Civil Veterinary Department. United Provinces 1932-42 - 1932-1942
Year: 1932
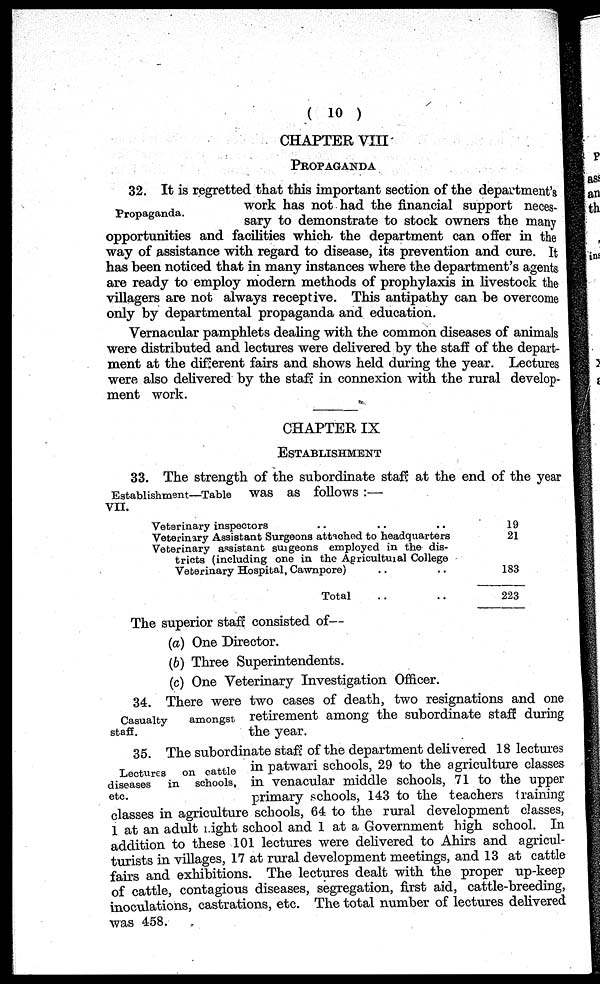
( 10 )
CHAPTER VIII
PROPAGANDA
Propaganda.
32. It is regretted that this important section of the department's
work has not had the financial support neces-
sary to demonstrate to stock owners the many
opportunities and facilities which the department can offer in the
way of assistance with regard to disease, its prevention and cure. It
has been noticed that in many instances where the department's agents
are ready to employ modern methods of prophylaxis in livestock the
villagers are not always receptive. This antipathy can be overcome
only by departmental propaganda and education.
Vernacular pamphlets dealing with the common diseases of animals
were distributed and lectures were delivered by the staff of the depart-
ment at the different fairs and shows held during the year. Lectures
were also delivered by the staff in connexion with the rural develop-
ment work.
CHAPTER IX
ESTABLISHMENT
Establishment—Table
VII.
33. The strength of the subordinate staff at the end of the year
was as follows :—
Veterinary inspectors .. .. ..
Veterinary Assistant Surgeons attached to headquarters
Veterinary assistant surgeons employed in the dis-
tricts (including one in the Agricultuial College
Veterinary Hospital, Cawnpore) .. ..
Total .. ..
19
21
183
223
The superior staff consisted of—
(a) One Director.
(b) Three Superintendents,
(c) One Veterinary Investigation Officer.
Casualty
amongsi-
staff.
34. There were two cases of death, two resignations and one
retirement among the subordinate staff during
the year.
Lectures
on cattle
diseases
in
schools,
etc.
35. The subordinate staff of the department delivered 18 lectures
in patwari schools, 29 to the agriculture classes
in venacular middle schools, 71 to the upper
primary schools, 143 to the teachers training
classes in agriculture schools, 64 to the rural development classes,
1 at an adult night school and 1 at a Government high school. In
addition to these 101 lectures were delivered to Ahirs and agricul-
turists in villages, 17 at rural development meetings, and 13 at cattle
fairs and exhibitions. The lectures dealt with the proper up-keep
of cattle, contagious diseases, segregation, first aid, cattle-breeding,
inoculations, castrations, etc. The total number of lectures delivered
was 458.